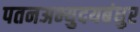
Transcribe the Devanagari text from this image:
पतनअभ्युदयबंधुर